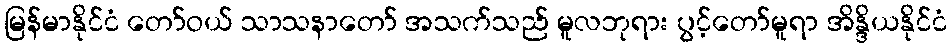
မြန်မာနိုင်ငံ တော်ဝယ် သာသနာတော် အသက်သည် မူလဘုရား ပွင့်တော်မူရာ အိန္ဒိယနိုင်ငံ